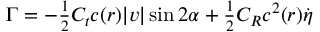
\begin{array} { r } { \Gamma = - \frac { 1 } { 2 } C _ { t } c ( r ) | v | \sin 2 \alpha + \frac { 1 } { 2 } C _ { R } c ^ { 2 } ( r ) \dot { \eta } } \end{array}